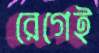
রেগেই